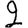
Digit: 2